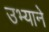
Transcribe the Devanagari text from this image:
उभ्याने